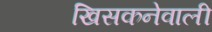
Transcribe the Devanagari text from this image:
खिसकनेवाली